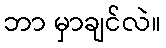
ဘာ မှာချင်လဲ။